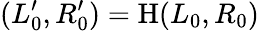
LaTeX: (L_{0}^{\prime},R_{0}^{\prime})=\mathrm{H}(L_{0},R_{0})